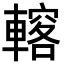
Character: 𨎣